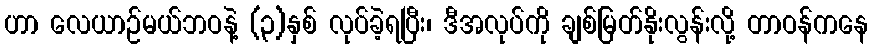
ဟာ လေယာဉ်မယ်ဘဝနဲ့ (၃)နှစ် လုပ်ခဲ့ရပြီး၊ ဒီအလုပ်ကို ချစ်မြတ်နိုးလွန်းလို့ တာဝန်ကနေ